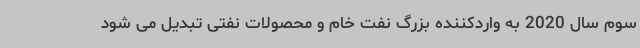
سوم سال 2020 به واردکننده بزرگ نفت خام و محصولات نفتی تبدیل می شود